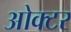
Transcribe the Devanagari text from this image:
ओक्टर